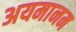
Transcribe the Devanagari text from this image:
अयमानम